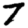
Digit: 7